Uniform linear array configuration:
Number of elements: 16
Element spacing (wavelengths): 0.75
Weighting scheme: hamming
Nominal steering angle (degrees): -15
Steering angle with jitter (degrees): -15.235
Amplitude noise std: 0.05
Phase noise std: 0.05

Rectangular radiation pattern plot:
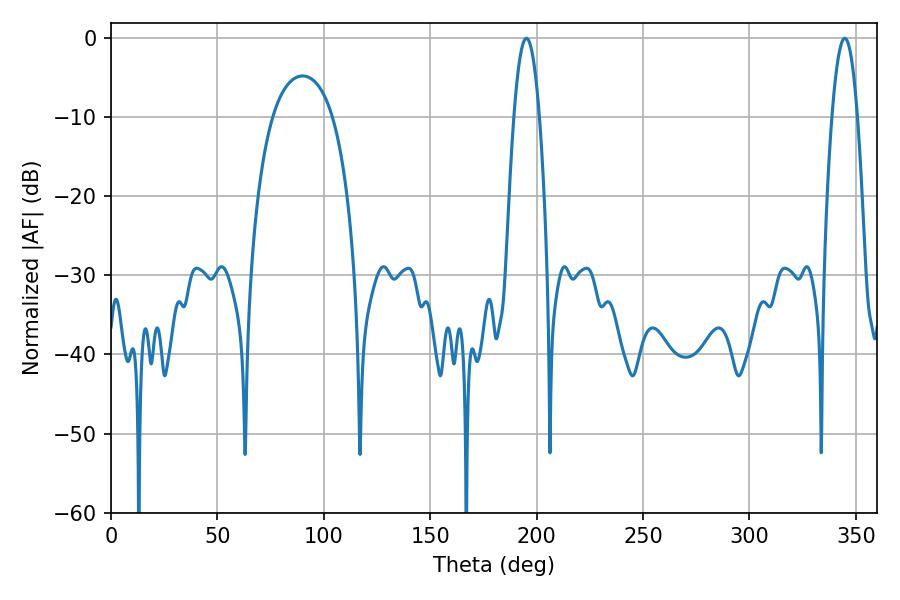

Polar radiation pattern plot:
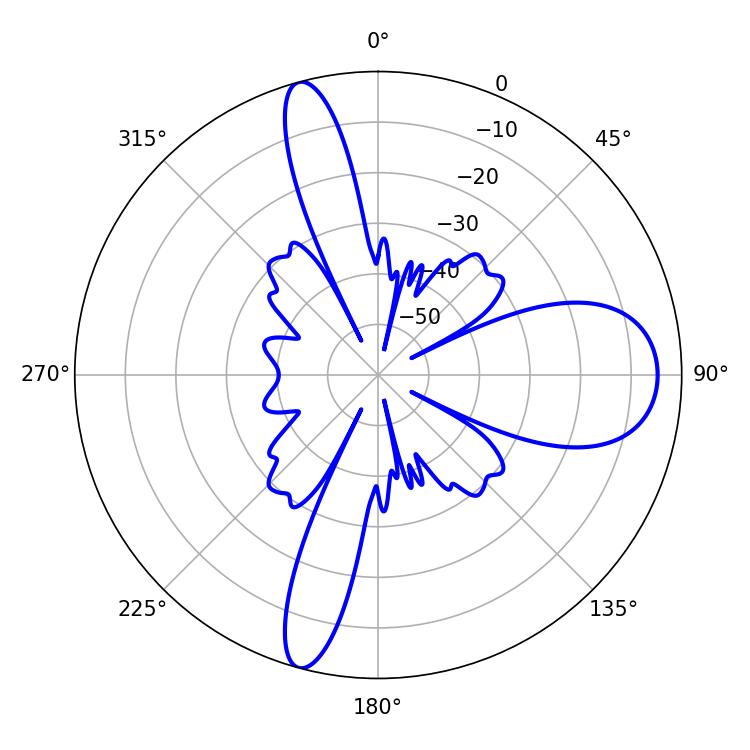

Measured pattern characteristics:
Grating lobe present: TRUE
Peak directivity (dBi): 14.913
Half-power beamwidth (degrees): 6.66
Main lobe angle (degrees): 195.12